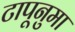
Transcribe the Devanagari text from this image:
टापूनुमा